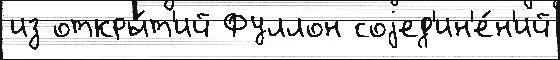
из откры́т'ий Фуллон соjед'ин'е́н'ий